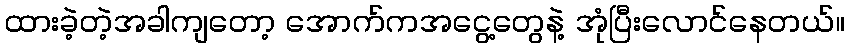
ထားခဲ့တဲ့အခါကျတော့ အောက်ကအငွေ့တွေနဲ့ အုံပြီးလောင်နေတယ်။